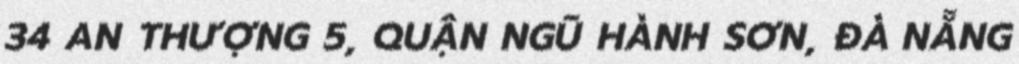
34 AN THƯỢNG 5, QUẬN NGŨ HÀNH SƠN, ĐÀ NẴNG